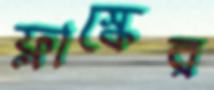
ফ্লাস্কের